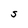
Character: S